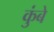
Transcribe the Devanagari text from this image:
कुंबे